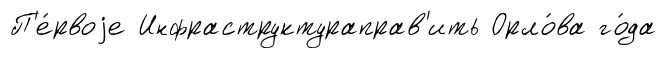
П'е́рвоjе Инфраструктураправ'ить Орло́ва го́да